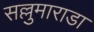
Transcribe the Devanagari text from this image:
सल्लुमाराडा